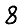
Digit: 8